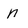
Character: n